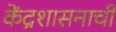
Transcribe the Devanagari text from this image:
केंद्रशासनाची